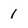
Character: 1